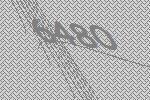
6480